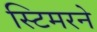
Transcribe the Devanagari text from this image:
स्टिमरने